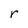
Character: r